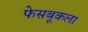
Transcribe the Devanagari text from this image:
फेसबूकला